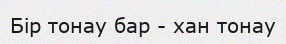
Бір тонау бар - хан тонау